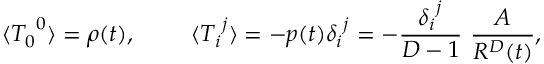
\langle { T _ { 0 } } ^ { 0 } \rangle = \rho ( t ) , ~ ~ ~ ~ ~ ~ ~ \langle { T _ { i } } ^ { j } \rangle = - p ( t ) { \delta _ { i } } ^ { j } = - { \frac { { \delta _ { i } } ^ { j } } { D - 1 } } ~ { \frac { A } { R ^ { D } ( t ) } } ,